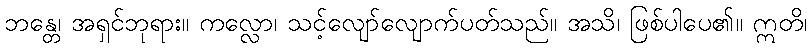
ဘန္တေ၊ အရှင်ဘုရား။ ကလ္လော၊ သင့်လျော်လျောက်ပတ်သည်။ အသိ၊ ဖြစ်ပါပေ၏။ ဣတိ၊